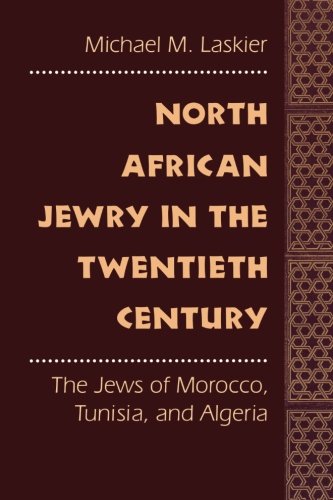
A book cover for North African Jewry in the Twentieth Century: The Jews of Morocco, Tunisia, and Algeria; Michael M. Laskier; History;